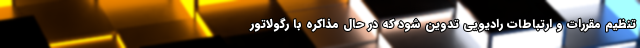
تنظیم مقررات و ارتباطات رادیویی تدوین شود که در حال مذاکره با رگولاتور